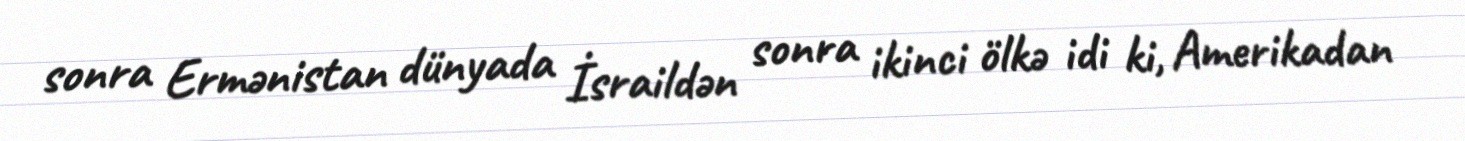
sonra Ermənistan dünyada İsraildən sonra ikinci ölkə idi ki, Amerikadan